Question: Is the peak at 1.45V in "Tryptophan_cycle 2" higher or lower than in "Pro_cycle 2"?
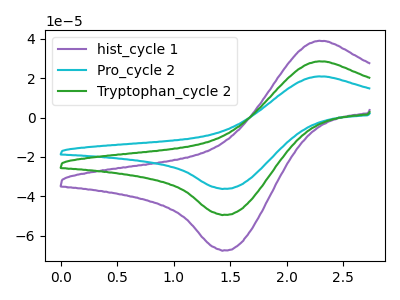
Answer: <think>The purple curve "hist_cycle 1" has an anodic peak at (2.30V, 57.00uA) and a cathodic peak at (1.45V, -98.70uA). The cyan curve "Pro_cycle 2" has an anodic peak at (2.30V, 20.90uA) and a cathodic peak at (1.45V, -36.15uA). The green curve "Tryptophan_cycle 2" has an anodic peak at (2.30V, 28.50uA) and a cathodic peak at (1.45V, -49.35uA).</think>
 <answer>The peak at 1.45V is higher in "Tryptophan_cycle 2" than in "Pro_cycle 2".</answer>
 <eval>higher</eval>